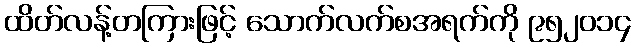
ထိတ်လန့်တကြားဖြင့် သောက်လက်စအရက်ကို ၉၅၂၀၁၄